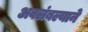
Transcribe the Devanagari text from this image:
अवलंबल्याने